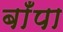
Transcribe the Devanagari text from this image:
बाँपा